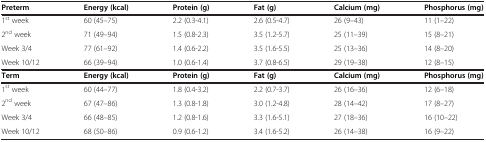
<table><thead><tr><td><b>Preterm</b></td><td><b>Energy (kcal)</b></td><td><b>Protein (g)</b></td><td><b>Fat (g)</b></td><td><b>Calcium (mg)</b></td><td><b>Phosphorus (mg)</b></td></tr></thead><tbody><tr><td>1<sup>st</sup> week</td><td>60 (45–75)</td><td>2.2 (0.3-4.1)</td><td>2.6 (0.5-4.7)</td><td>26 (9–43)</td><td>11 (1–22)</td></tr><tr><td>2<sup>nd</sup> week</td><td>71 (49–94)</td><td>1.5 (0.8-2.3)</td><td>3.5 (1.2-5.7)</td><td>25 (11–39)</td><td>15 (8–21)</td></tr><tr><td>Week 3/4</td><td>77 (61–92)</td><td>1.4 (0.6-2.2)</td><td>3.5 (1.6-5.5)</td><td>25 (13–36)</td><td>14 (8–20)</td></tr><tr><td>Week 10/12</td><td>66 (39–94)</td><td>1.0 (0.6-1.4)</td><td>3.7 (0.8-6.5)</td><td>29 (19–38)</td><td>12 (8–15)</td></tr><tr><td><b>Term</b></td><td><b>Energy (kcal)</b></td><td><b>Protein (g)</b></td><td><b>Fat (g)</b></td><td><b>Calcium (mg)</b></td><td><b>Phosphorus (mg)</b></td></tr><tr><td>1<sup>st</sup> week</td><td>60 (44–77)</td><td>1.8 (0.4-3.2)</td><td>2.2 (0.7-3.7)</td><td>26 (16–36)</td><td>12 (6–18)</td></tr><tr><td>2<sup>nd</sup> week</td><td>67 (47–86)</td><td>1.3 (0.8-1.8)</td><td>3.0 (1.2-4.8)</td><td>28 (14–42)</td><td>17 (8–27)</td></tr><tr><td>Week 3/4</td><td>66 (48–85)</td><td>1.2 (0.8-1.6)</td><td>3.3 (1.6-5.1)</td><td>27 (18–36)</td><td>16 (10–22)</td></tr><tr><td>Week 10/12</td><td>68 (50–86)</td><td>0.9 (0.6-1.2)</td><td>3.4 (1.6-5.2)</td><td>26 (14–38)</td><td>16 (9–22)</td></tr></tbody></table>